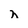
Character: h